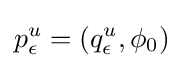
p_{\epsilon }^{u}=(q_{\epsilon }^{u},\phi _{0})